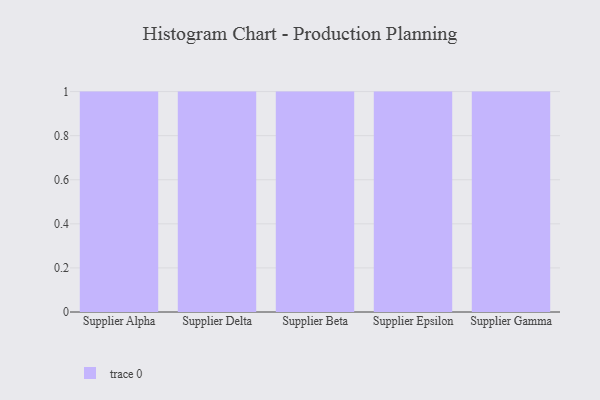
{"axis": {"x": "Supplier", "y": "Latency (ms)"}, "legend": [""], "data": [{"x": "Supplier Alpha", "y": 27, "type": ""}, {"x": "Supplier Delta", "y": 28, "type": ""}, {"x": "Supplier Beta", "y": 69, "type": ""}, {"x": "Supplier Epsilon", "y": 8, "type": ""}, {"x": "Supplier Gamma", "y": 65, "type": ""}]}